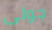
جولى